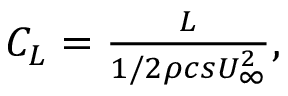
\begin{array} { r } { C _ { L } = \frac { L } { 1 / 2 \rho c s U _ { \infty } ^ { 2 } } , } \end{array}